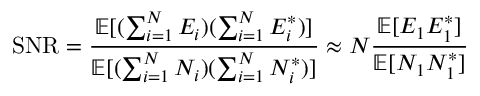
\mathrm { S N R } = \frac { \mathbb { E } [ ( \sum _ { i = 1 } ^ { N } E _ { i } ) ( \sum _ { i = 1 } ^ { N } E _ { i } ^ { * } ) ] } { \mathbb { E } [ ( \sum _ { i = 1 } ^ { N } N _ { i } ) ( \sum _ { i = 1 } ^ { N } N _ { i } ^ { * } ) ] } \approx N \frac { \mathbb { E } [ E _ { 1 } E _ { 1 } ^ { * } ] } { \mathbb { E } [ N _ { 1 } N _ { 1 } ^ { * } ] }